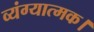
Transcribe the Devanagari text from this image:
व्यंग्यात्मक।